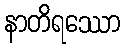
နာတိရဿော